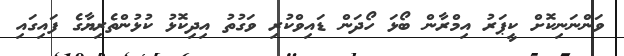
ވަންނަނިކޮށް ކީޕަރު އިމްރާން ބޯޅަ ހޯދަން ޑައިވްކުރި ވަގުތު އިދިކޮޅު ކުޅުންތެރިޔާގެ ފައިގައި